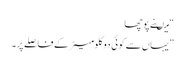
“ میںنے پوچھا
”یہاں سے کوئی دو کلومیٹر کے فاصلے پر۔